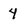
Character: 4